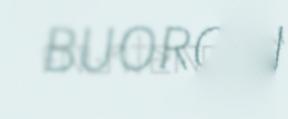
BUORGOJ